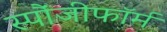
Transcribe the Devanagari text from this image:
स्पौंजीफॉर्म